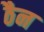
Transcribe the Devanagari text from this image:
ठैन